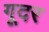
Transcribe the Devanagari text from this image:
गूदर